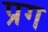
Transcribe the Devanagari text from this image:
प्रग